Annual statistical returns and brief notes on vaccination in Bengal - 1887-1898
Year: 1887
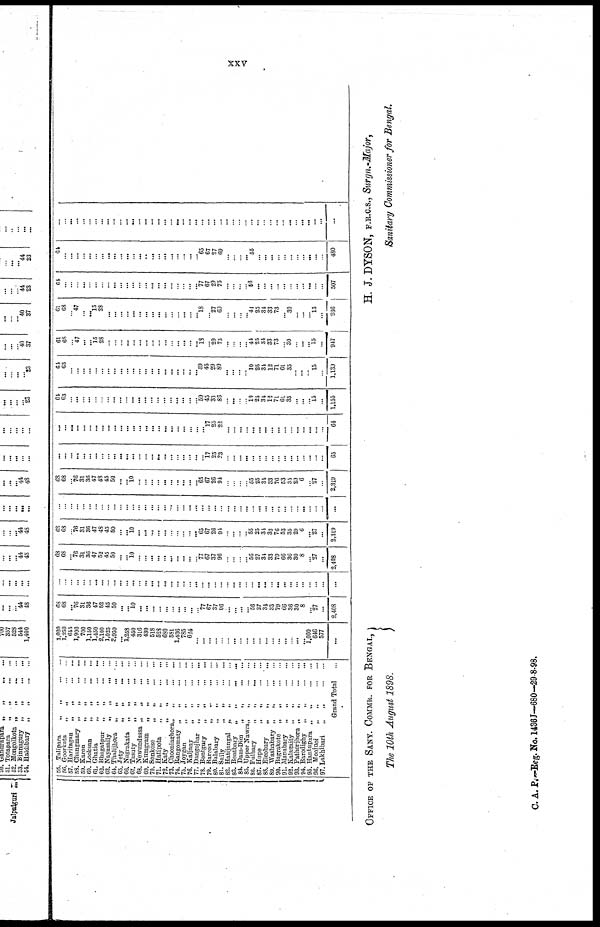
xxv
55.
Talipara„
„
...
...
56.
Goorkata„
„
...
...
57.
Haritagan„
„
...
...
58.
Changmary„
„
...
...
59.
Karon„
„
...
...
60.
Looksan„
„
...
...
61.
Ghatia„
„
...
...
62.
Bhagatpur„
„
...
...
63.
Nayasaily„
„
...
...
64.
Thalijhora„
„
...
...
65.
Jety„
„
...
...
66.
Nagrakata„
„
...
...
67.
Tasuty„
„
...
...
68.
Newundassa„
„
...
...
69.
Kumgram„
„
...
...
70.
Sonkose„
„
...
...
71.
Hatipota„
„
...
...
72.
Katy„
„
...
...
73.
Chooniaghora„
„
...
...
74.
Rangomaty„
„
...
...
75. Joygan„ „ ... ...
76.
Kaljany„
„
...
...
77.
Dangojhar„
„
...
...
78. Bentgury„ „ ... ...
79.
Barron„
„
...
...
80.
Balabary„
„
...
...
81.
Saily„
„
...
...
82.
Hatijangal„
„
...
...
83.
Bentbary„
„
...
...
81.
Dam-Dim„
„
...
...
85. Upper Nawra„
„
...
...
86.
Fulbary„
„
...
...
87.
Hope„
„
...
...
88.
Eleobary„
„
...
...
89.
Washabary„
„
...
...
90.
Bagrakote„
„
...
...
91.
Monabary„
„
...
...
92.
Kalagaity„
„
...
...
93.
Pathorjhora„
„
...
...
94.
Barodighy„
„
...
...
95.
Hantupara„
„
...
...
96.
Moojnoi„
„
...
...
97.
Lakhibari„
„
...
...
Grand Total...
1,020
1,230
645
1,900
700
1,150
1,450
2,100
1,025
3,950
... 1,258
... 316
430
518
528
680
581
1,436
785
624
...
...
...
...
...
... ...
...
... ...
... ...
...
...
...
... ...
... 1,000
646
577
...
68 68
... 76
31
36
47
52
45
50
...
...
10
... ...
...
...
...
...
...
...
...
... 77
67
37
96
...
...
...
... 58
27
34
33
79
66
36
30
8
... 27
...
2,408
...
...
...
...
...
...
...
...
...
...
...
...
...
... ...
...
...
...
...
... ...
...
...
...
...
... ...
... ...
...
... ... ...
...
... ...
...
...
...
...
... ...
...
...
68
68
... 76
31
36
47
52
45
50
...
...
10
...
...
...
...
...
... ...
...
...
... 77
67
37
96
...
...
...
... 56
27
34
33
79
66
36
30
8
... 27
...
2,408
68
68
... 76
31
36
47
48
45
59
...
...
10
...
...
...
...
...
...
... ...
...
... 65
67
26
94
...
...
...
... 55
25
34
33
76
53
35
29
6
... 27
...
2,319
...
... ...
...
...
...
...
...
...
...
... ...
...
...
...
...
...
...
...
...
...
...
...
...
...
...
...
...
...
...
... ... ..,
...
...
...
...
...
... ...
...
...
...
...
68
68
... 76
31
36
47
48
45
50
...
... 10
...
...
...
...
...
...
...
...
...
... 65
67
26
94
...
...
...
... 55
25
34
33
76
53
35
29
6
... 27
...
2,319
...
...
...
...
...
...
...
...
...
...
...
...
...
...
...
...
...
...
...
...
...
...
...
... 17
25
23
... ...
...
... ...
...
...
...
...
...
...
...
... ...
...
...
63
...
...
...
...
...
...
...
...
...
...
...
...
...
...
...
...
...
...
...
...
...
...
...
... 17
25
22
...
...
...
... ...
...
...
...
...
...
... ...
...
...
...
...
64
64
63
...
...
...
...
...
...
...
...
...
... ...
...
...
...
...
...
...
...
...
...
... 59
45
30
86
...
...
...
... 19 25
34
12
71
61
35
...
...
... 15
...
1,155
64
63
...
...
...
...
...
...
...
...
...
...
...
...
...
...
...
...
...
...
...
...
... 59
45
29
80
...
...
...
... 10
25
34
12
71
64
33
...
...
... 15
...
1,139
61
68
... 47
... ... 15
28
...
...
...
...
...
...
...
...
...
...
... ...
...
...
... 18
... 29
75
...
... ...
... 44
25
34
33
73
... 30
... ...
... 15
...
947
61
68
... 47
...
... 15
28
...
... ...
...
...
...
...
...
...
...
... ...
...
...
... 18
... 27
60
...
...
...
... 44
25
34
33
73
... 39
...
...
... 15
...
936
64
...
...
...
...
...
...
... ...
...
...
...
...
...
...
...
...
...
...
...
... ...
... 77
67
29
75
...
...
...
... 56
...
...
...
...
...
... ...
...
...
...
...
507
64
...
...
...
...
...
...
...
...
...
...
...
...
...
..
...
...
...
...
...
...
...
... 65
67
27
69
...
...
...
... 55
... ...
...
... ...
...
... ...
...
...
...
480
...
... ...
...
...
...
...
...
...
...
... ...
... ...
...
...
...
...
...
...
...
...
...
...
...
...
...
...
...
...
... ...
...
...
...
...
...
...
... ...
...
...
...
...
OFFICE OF THE SANY. COMMR. FOR BENGAL,
The 10th August 1898.
H. J. DYSON, F.R.C.S., Surgn.-Major,
Sanitary Commissioner for Bengal.
C. A. P.—Reg. No. 1436J—680-29-8-98.